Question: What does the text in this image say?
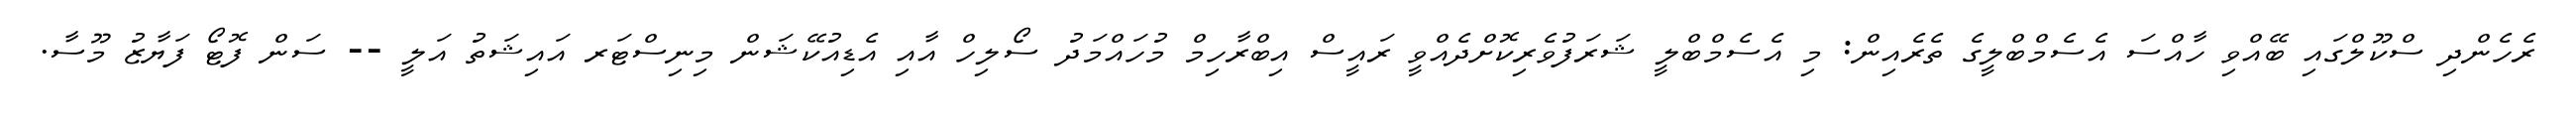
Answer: ރެހެންދި ސްކޫލްގައި ބޭއްވި ހާއްސަ އެސެމްބްލީގެ ތެރެއިން: މި އެސެމްބްލީ ޝަރަފުވެރިކޮށްދެއްވީ ރައީސް އިބްރާހިމް މުހައްމަދު ސޯލިހް އާއި އެޑިއުކޭޝަން މިނިސްޓަރ އައިޝަތު އަލީ -- ސަން ފޮޓޯ ފަޔާޒު މޫސާ.